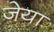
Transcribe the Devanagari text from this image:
जेया